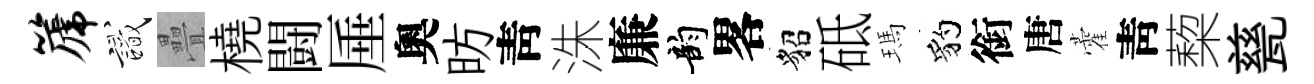
篪識疊橈闘厜奧昉靑洙廉韵畧貂砥瑪豹銜唐藿靑蔾甆